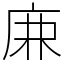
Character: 𢈘